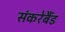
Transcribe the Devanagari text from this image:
संकरेबैंड